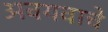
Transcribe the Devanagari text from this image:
अवयवाचे